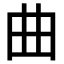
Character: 曲